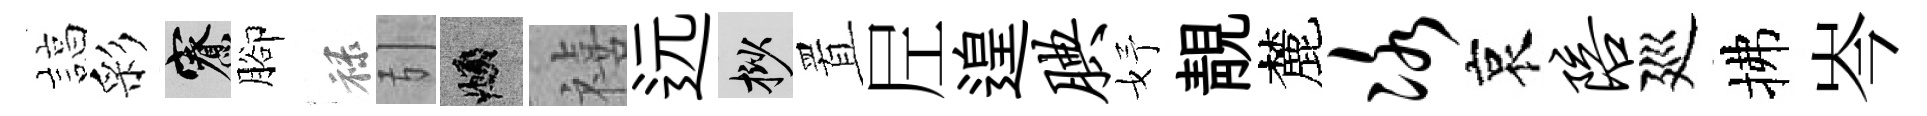
諄彩寮腳禄引頫禧远挲置𡰱遑腆妤靚麓冰哀陪廵拂岑